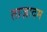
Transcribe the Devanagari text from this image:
ताज़ादम